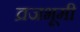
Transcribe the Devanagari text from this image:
व्रजभूमी